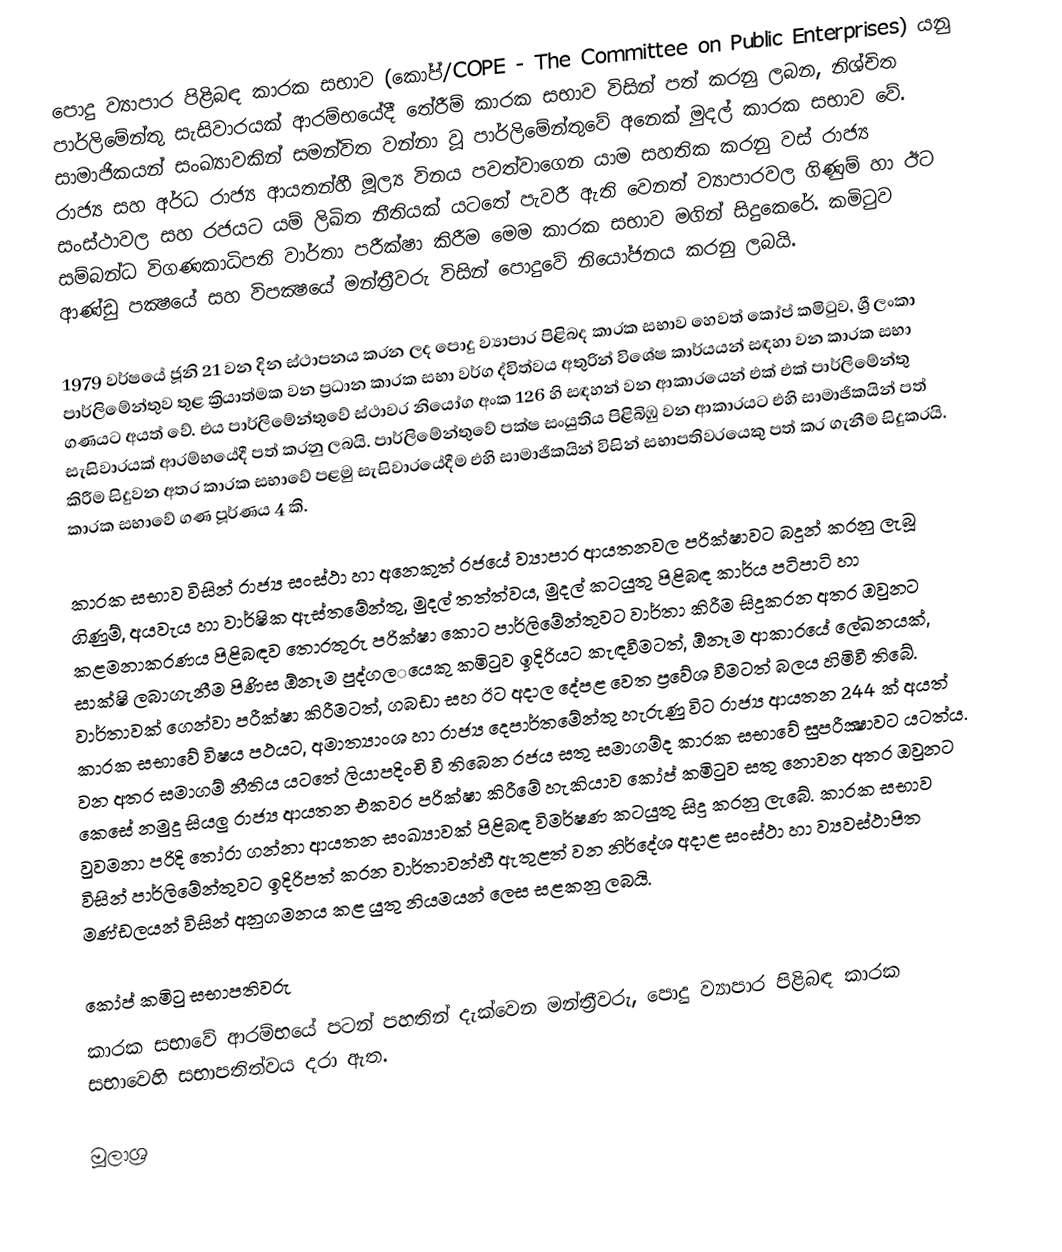
පොදු ව්‍යාපාර පිළිබඳ කාරක සභාව (කෝප්/COPE - The Committee on Public Enterprises)  යනු පාර්ලිමේන්තු සැසිවාරයක් ආරම්භයේදී තේරීම් කාරක සභාව විසින් පත් කරනු ලබන,  නිශ්චිත සාමාජිකයන් සංඛ්‍යාවකින් සමන්විත වන්නා වූ පාර්ලිමේන්තුවේ අනෙක් මුදල් කාරක සභාව වේ. රාජ්‍ය සහ අර්ධ රාජ්‍ය ආයතන්හී මූල්‍ය විනය පවත්වාගෙන යාම සහතික කරනු වස් රාජ්‍ය සංස්ථාවල සහ රජයට යම් ලිඛිත නීතියක් යටතේ පැවරී ඇති වෙනත් ව්‍යාපාරවල ගිණුම් හා ඊට සම්බන්ධ විගණකාධිපති වාර්තා පරීක්ෂා කිරීම මෙම කාරක සභාව මගින් සිදුකෙරේ. කමිටුව ආණ්‌ඩු පක්‍ෂයේ සහ විපක්‍ෂයේ මන්ත්‍රීවරු විසින් පොදුවේ නියෝජනය කරනු ලබයි.

1979 වර්ෂයේ ජූනි 21 වන දින ස්ථාපනය කරන ලද පොදු ව්‍යාපාර පිළිබද කාරක සභාව හෙවත් කෝප් කමිටුව, ශ්‍රී ලංකා පාර්ලිමේන්තුව තුළ ක්‍රියාත්මක වන ප්‍රධාන කාරක සභා වර්ග ද්විත්වය අතුරින් විශේෂ කාර්යයන් සඳහා වන කාරක සභා ගණයට අයත් වේ. එය පාර්ලිමේන්තුවේ ස්ථාවර නියෝග අංක 126 හි සඳහන් වන ආකාරයෙන් එක් එක් පාර්ලිමේන්තු සැසිවාරයක් ආරම්භයේදී පත් කරනු ලබයි. පාර්ලිමේන්තුවේ පක්ෂ සංයුතිය පිළිබිඹු වන ආකාරයට එහි සාමාජිකයින් පත් කිරීම සිදුවන අතර කාරක සභාවේ පළමු සැසිවාරයේදීම එහි සාමාජිකයින් විසින් සභාපතිවරයෙකු පත් කර ගැනීම සිදුකරයි. කාරක සභාවේ ගණ පූර්ණය 4 කි.

කාරක සභාව විසින් රාජ්‍ය සංස්ථා හා අනෙකුත් රජයේ ව්‍යාපාර ආයතනවල පරික්ෂාවට බදුන් කරනු ලැබූ ගිණුම්, අයවැය හා වාර්ෂික ඇස්තමේන්තු, මුදල් තත්ත්වය, මුදල් කටයුතු පිළිබඳ කාර්ය පටිපාටි හා කළමනාකරණය පිළිබඳව තොරතුරු පරික්ෂා කොට පාර්ලිමේන්තුවට වාර්තා කිරීම සිදුකරන අතර ඔවුනට සාක්ෂි ලබාගැනීම පිණිස ඕනෑම පුද්ගල‌‌යෙකු කමිටුව ඉදිරියට කැඳවීමටත්, ඕනෑම ආකාරයේ ලේඛනයක්, වාර්තාවක් ගෙන්වා පරීක්ෂා කිරීමටත්, ගබඩා සහ ඊට අදාල දේපළ වෙත ප්‍රවේශ වීමටත් බලය හිමිවී තිබේ. කාරක සභාවේ විෂය පථයට, අමාත්‍යාංශ හා රාජ්‍ය දෙපාර්තමේන්තු හැරුණු විට රාජ්‍ය ආයතන 244 ක්‌ අයත් වන අතර සමාගම් නීතිය යටතේ ලියාපදිංචි වී තිබෙන රජය සතු සමාගම්ද කාරක සභාවේ සුපරීක්‍ෂාවට යටත්ය. කෙසේ නමුදු සියලු රාජ්‍ය ආයතන එකවර පරික්ෂා කිරීමේ හැකියාව කෝප් කමිටුව සතු නොවන අතර ඔවුනට වුවමනා පරිදි තෝරා ගන්නා ආයතන සංඛ්‍යාවක් පිළිබඳ විමර්ෂණ කටයුතු සිදු කරනු ලැබේ. කාරක සභාව විසින් පාර්ලිමේන්තුවට ඉදිරිපත් කරන වාර්තාවන්හී ඇතුළත් වන නිර්දේශ අදාළ සංස්ථා හා ව්‍යවස්ථාපිත මණ්ඩලයන් විසින් අනුගමනය කළ යුතු නියමයන් ලෙස සළකනු ලබයි.

කෝප් කමිටු සභාපතිවරු
කාරක සභාවේ ආරම්භයේ පටන් පහතින් දැක්වෙන මන්ත්‍රීවරු, පොදු ව්‍යාපාර පිළිබඳ කාරක සභාවෙහි සභාපතිත්වය දරා ඇත.

මූලාශ්‍ර